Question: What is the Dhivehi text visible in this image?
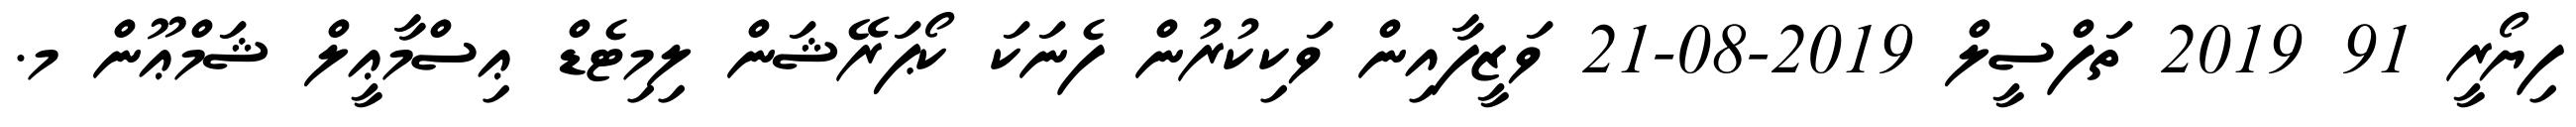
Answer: ފިޔޯރީ 91 2019 ތަފްސީލް 2019-08-21 ވަޒީފާއިން ވަކިކުރުން ފެނަކަ ކޯޕަރޭޝަން ލިމިޓެޑް ޢިސްމާޢީލް ޝަމްޢޫން މ.